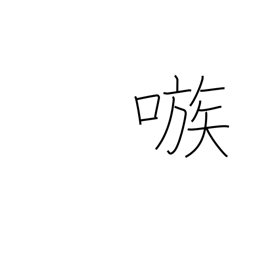
Meaning: egg on